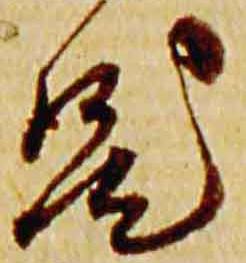
汰